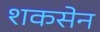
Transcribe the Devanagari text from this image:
शकसेन